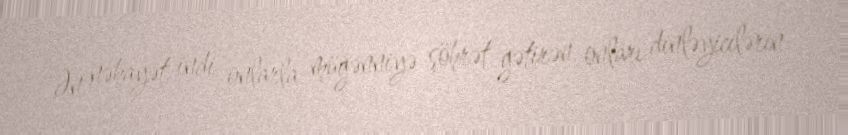
Ən nəhayət, indi onlarla müğənniyə şöhrət gətirən, onları dinləyicilərin